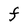
Character: F